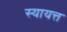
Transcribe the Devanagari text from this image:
स्यायत्त